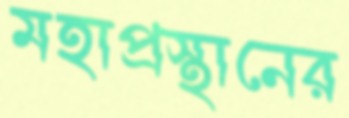
মহাপ্রস্থানের